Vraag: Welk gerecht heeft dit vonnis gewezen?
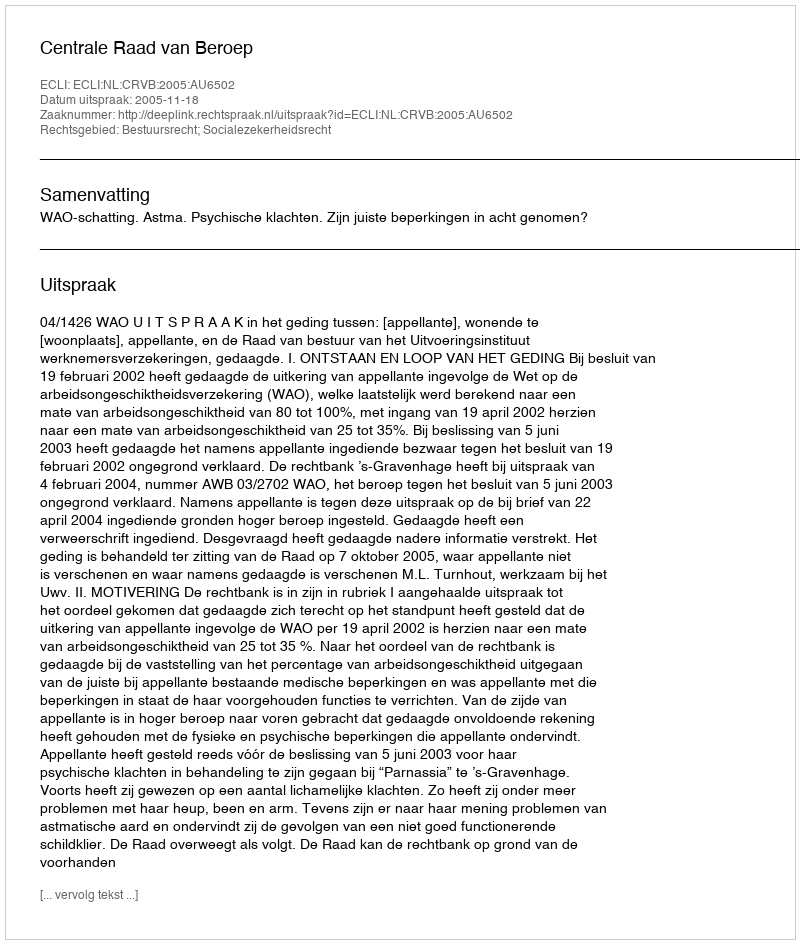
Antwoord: Centrale Raad van Beroep